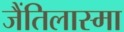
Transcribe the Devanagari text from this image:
जैंतिलास्मा